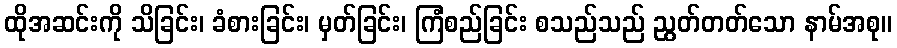
ထိုအဆင်းကို သိခြင်း၊ ခံစားခြင်း၊ မှတ်ခြင်း၊ ကြံစည်ခြင်း စသည်သည် ညွတ်တတ်သော နာမ်အစု။